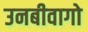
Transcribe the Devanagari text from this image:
उनबीवागो